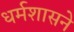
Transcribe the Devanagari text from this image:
धर्मशासने